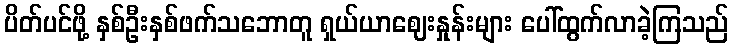
ပိတ်ပင်ဖို့ နှစ်ဦးနှစ်ဖက်သဘောတူ ရှယ်ယာဈေးနှုန်းများ ပေါ်ထွက်လာခဲ့ကြသည်